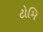
ટોમિ